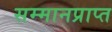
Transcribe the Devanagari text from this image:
सम्मानप्राप्त